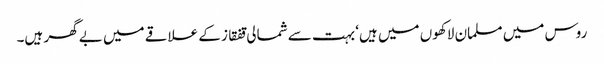
روس میں مسلمان لاکھوں میں ہیں‘ بہت سے شمالی قفقاز کے علاقے میں بے گھر ہیں۔